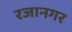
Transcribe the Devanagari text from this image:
रजानगर